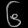
Digit: ၆